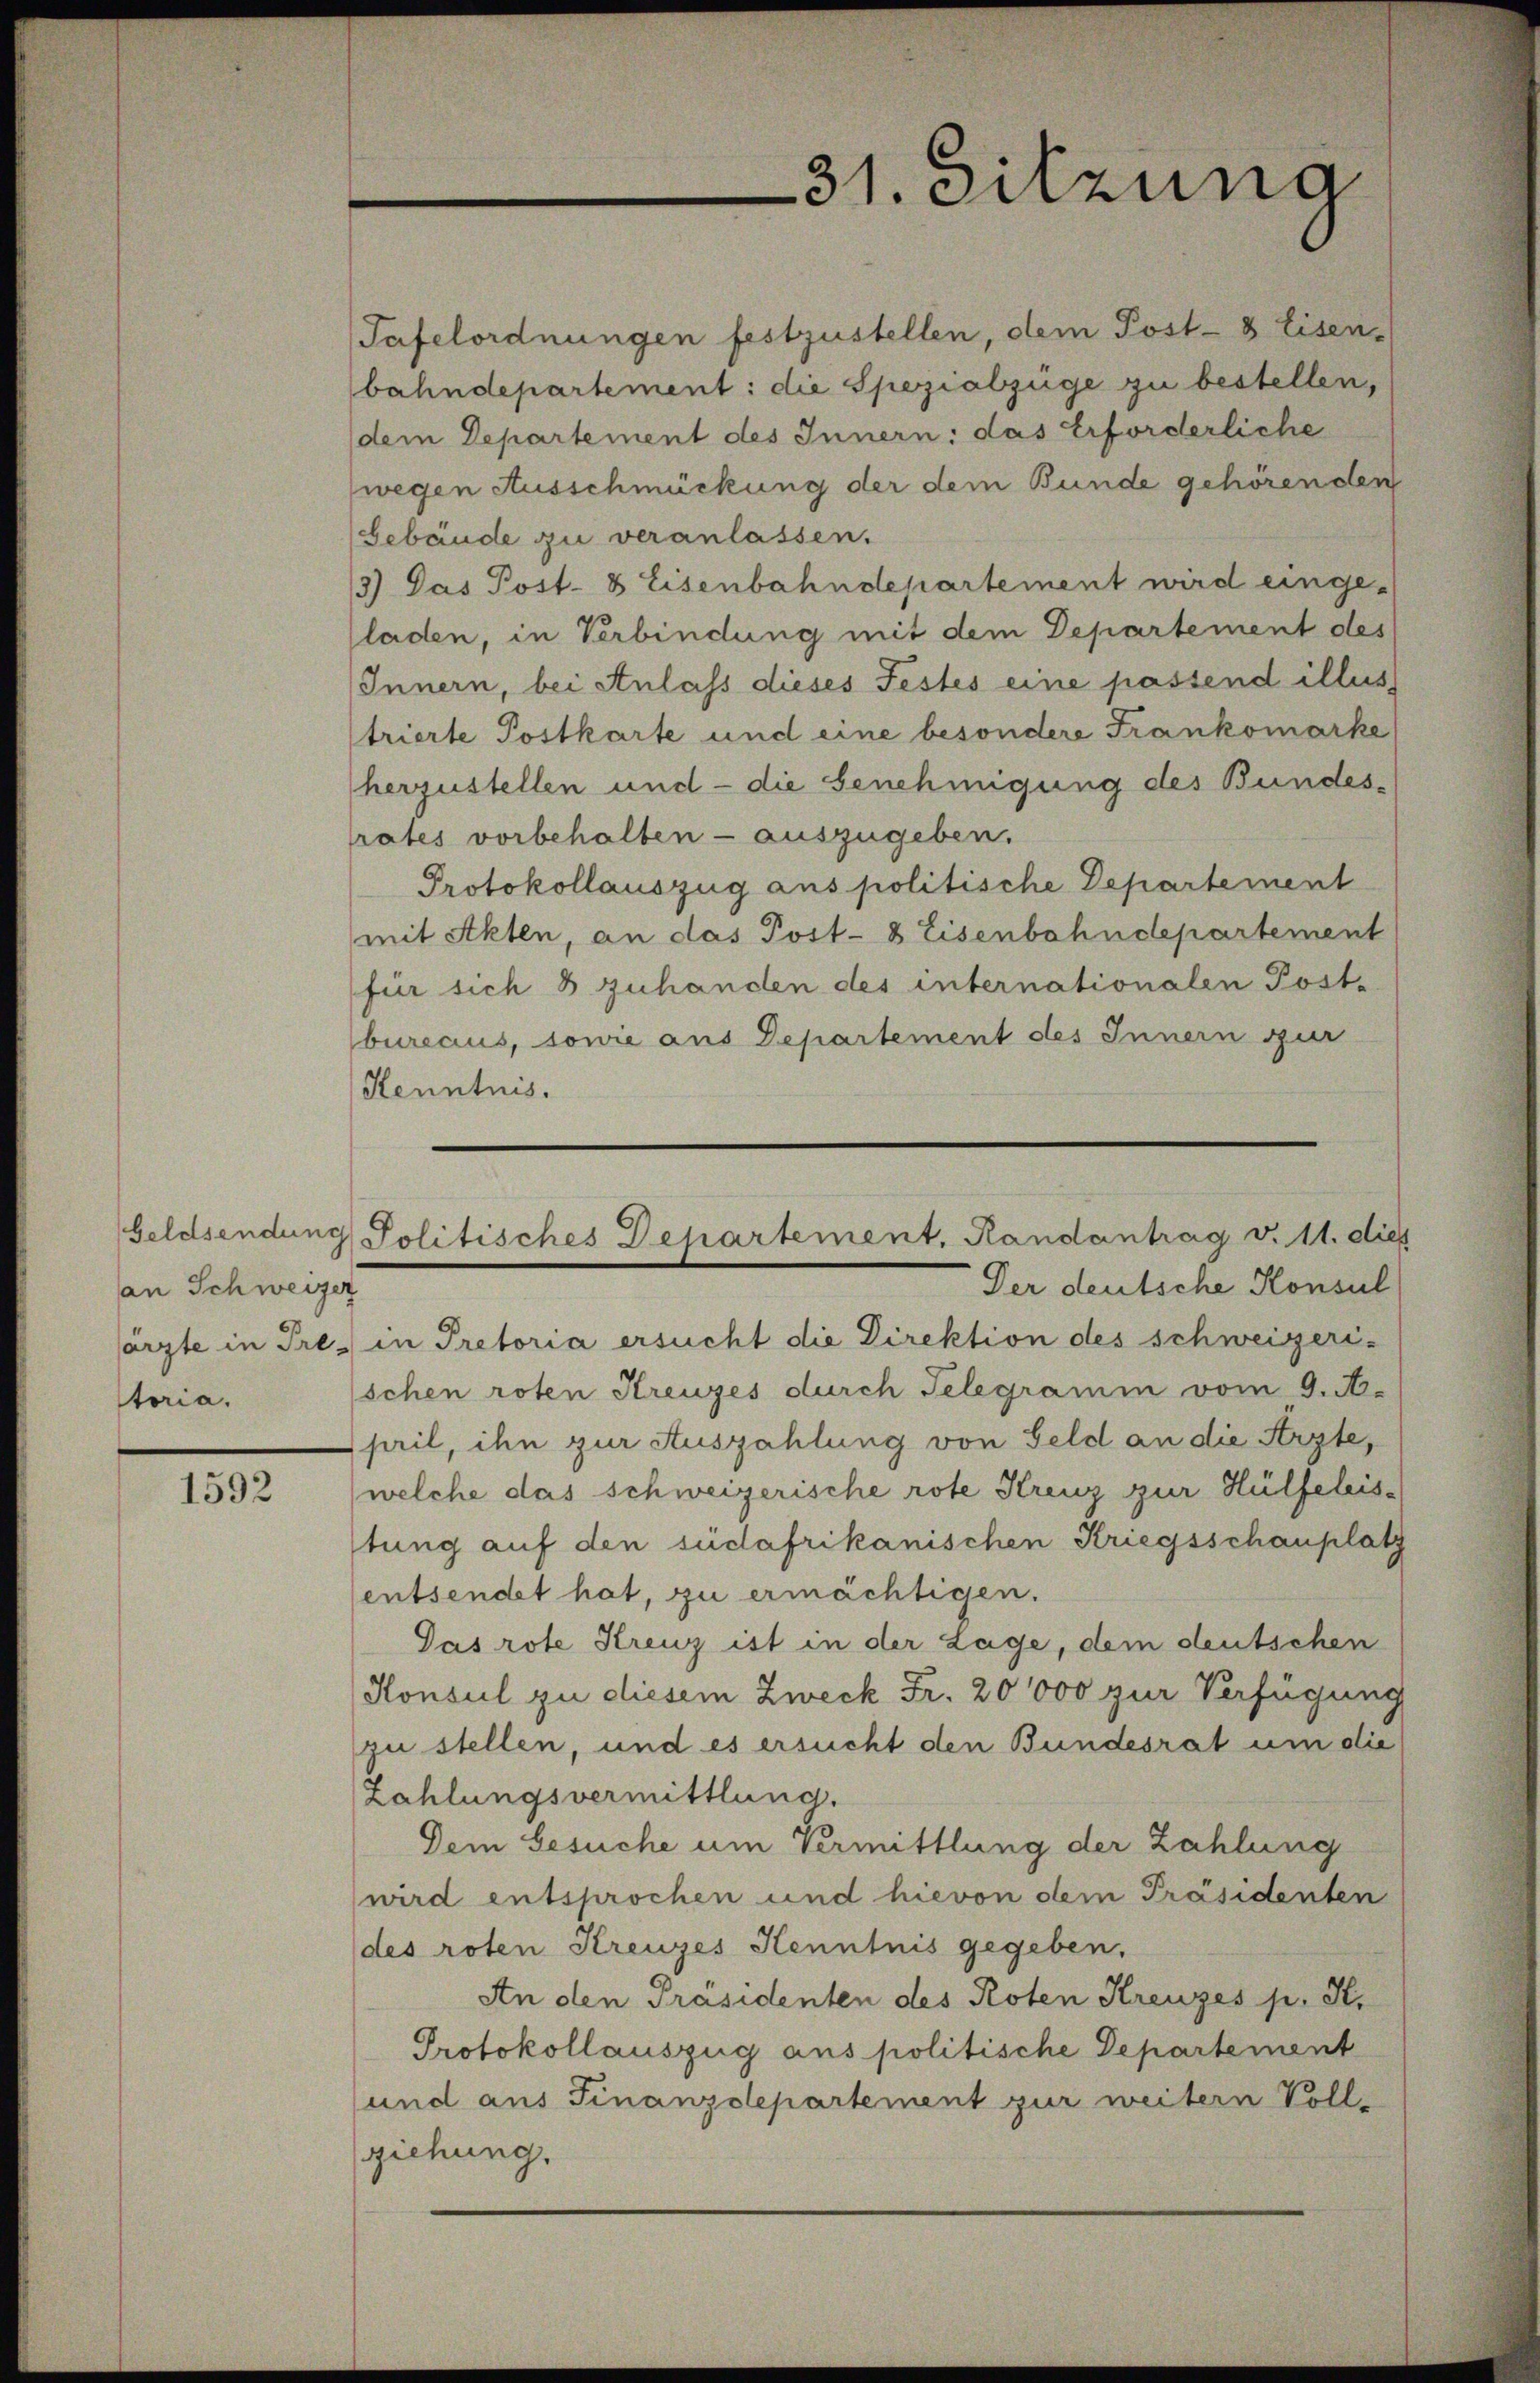
an Schweizer
storia.

1592

Tafelordnungen festzustellen, dem Post- & Eisen-
bahndepartement: die Spezialzüge zu bestellen,
dem Departement des Innern: das Erforderliche
wegen Ausschmückung der dem Bunde gehörenden
Gebäude zu veranlassen.
3) Das Post- & Eisenbahndepartement wird eingeladen, in Verbindung mit dem Departement des
Innern, bei Anlass dieses Festes eine passend illus
trierte Postkarte und eine besondere Frankomarke
herzustellen und - die Genehmigung des Bundesrates vorbehalten - auszugeben.
Protokollauszug aus politische Departement
mit Akten, an das Post- 8 Eisenbahndepartement
für sich 8 zuhanden des internationalen Post-
bureaus, sowie aus Departement des Innern zur
Kenntnis.
särzte in Pre, in Pretoria ersucht die Direktion des schweizeri-
schen roten Kreuzes durch Telegramm vom 9. A.
pil, ihn zur Auszahlung von Geld an die Arzte,
(welche das schweizerische rote Kreuz zur Hülfeleisstung auf den südafrikanischen Kriegsschauplatz
entsendet hat, zu ermächtigen.
Pas rote Kreuz ist in der Lage, dem deutschen
Honsul zu diesem Zweck Fr. 20000 zur Verfügung
zu stellen, und es ersucht den Bundesrat um die
Zahlungsvermittlung.
Dem Gesuche um Vermittlung der Zahlung
wird entsprochen und hievon dem Präsidenten
des roten Kreuzes Kenntnis gegeben.
An den Präsidenten des Roten Kreuzes p. K.
Protokollauszug aus politische Departement
und aus Finanzdepartement zur weitern Voll-
ziehung.

31. Sitzung

Geldsendung Politisches Departement, Randantrag v. 11. dies
Der deutsche Konsul